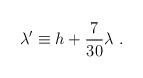
LaTeX: \begin{align*}\lambda ' \equiv h + {7\over {30}} \lambda \ . \end{align*}